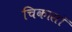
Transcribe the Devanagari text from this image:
चिकासॉ